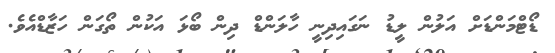
ޑޯޓްމަންޑަށް އަލުން ލީޑު ނަގައިދިނީ ހާލަންޑް ދިން ބޯޅަ އަކުން ތޯގަން ހަޒާޑްއެވެ.